Report on sanitation, dispensaries, and jails in Rajputana for 1912, and on vaccination for the year 1912-1913 - 1912-1913
Year: 1912
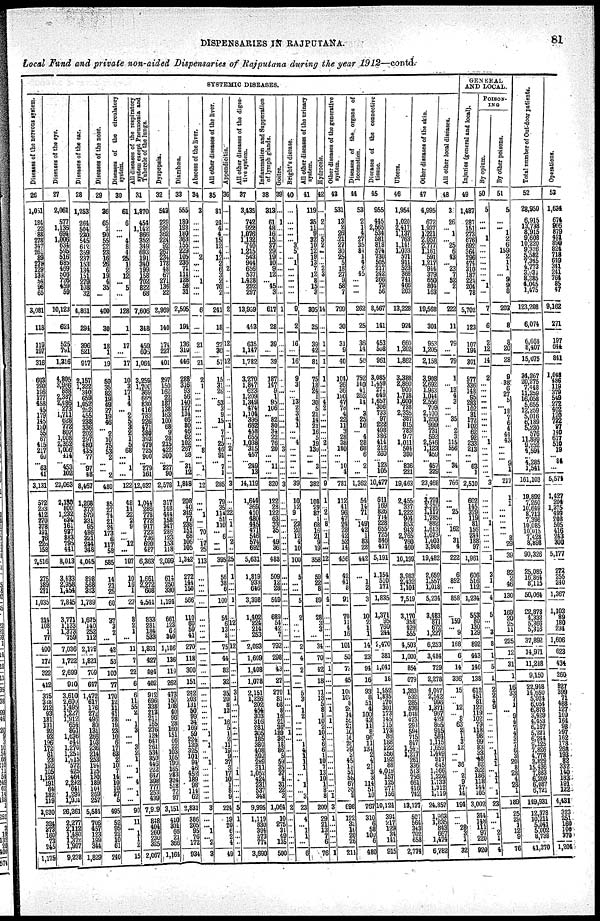
DISPENSARIES IN RAJPUTANA.
81
Local Fund and private non-aided Dispensaries of Rajputana during the year 1912—contd.
SYSTEMIC DISEASES.
Diseases of the nervous system.
26
1,051
184
22
88
278
347
261
89
278
129
139
54
96
65
3,081
118
119
197
316
603
290
196
177
458 45
179
145
120
55
67
415
217
60
... 63
41
3,131
572
233 412
270
378 191
76
226 158
2,516
375
389
271
1,035
214
108
1
77
400
172
222
412
375
328
212
93
181
131
92
93
196
172
61
23 192
105
1,120
191
64
182
119
3,930
324
373
160 73
245
1,175
Diseases of the eye.
27
2,061
577
1,136
694
1,006
634
595
516
685
469
506
726
459
59
10,123
624
525
791
1,316
4,805
3,966 888
2,387
2,486
273 1,711
628 772
802
1,008
2,362
1,066
414
... 453 102
23,063
2,130
800 1,232
634
161 937
883
795 441
8,013
3,433
2,958
1,454
7,815
3,771
1,133
1,373
759
7,036
1,722
2,699
910
3,610
2,609
1,495 1,227
1,912
654
801
1,636
844
1,270
1,253
1,915
572
425
464
2,242
641
1,294
1,901
26,261
2,277
2,112
1,480
1,372
1,997
9,238
Diseases of the ear.
28
1,253
264
504
230
545
612
359
237
153
134
151
279 108
32
4,861
294
396
521
917
2,157
1,322
340
659
1,052
262
455
238
336
202
297
480 435
77
... 97
48
8,467
1,268
375
579
331
95
486
321
244
348
4,045
898
568
323
1,789
1,675
140
252
112
2,178
1,821
769
647
1,472
617
176
272
496
80
131
266 103
236
214
253
194
125
130
189
104
269
257
5,584
706
457
123
199
344
1,829
Diseases of the nose.
29
36
65
3
90
55
22
23
16
26
6 19
4 35
...
400
30
18
1
19
59
35
82
19
49
27
19
46
...
2
10
75
53
2
...
... 2
480
85
27
74
21 24
173
6
117 58
585
14
21
25
60
37
3
2
...
42
53
100
77
170
12
11
41
28
19
23
10
6
17
63
2
10
7
14
10
10
37
5
495
52
95
22
10
61
240
Diseases of the circulatory
system.
30
61
6
...
...
4
8
4
25
1
2
12 ... 5
...
128
1
17
...
17
10
3
17
1
4
... 2
5
3
2
1
5
68
...
... 1
...
122
48
14
22
2 9
...
...
12
...
107
10
16
1
27
8
2
1
...
11
7
22
6
6
11
55
2
...
1
3
...
...
3
2
1
... 1
...
4
... 1
...
90
11
...
1
1
2
15
All diseases of the respiratory
system except Pneumonia and
Tubercle of the lungs.
31
1,870
454
1,142
866
352
349
693
191
340
199
158
702 822
68
7,606
348
459
605
1,064
3,259
1,700
369
669
830
416
783
226
471
380
393
479
725
900
... 279
161
12,037
1,044
286
778
772
917
723
736
620
487
6,362
1,661
2,272
608
4,541
833
281
184
533
1,831
427
484
402
912
696
338
213
211
165
276
124
647
261
534
350
446
222 647
399
777
253
439
7,909
848
404
260
230
325
2,067
Dyspepsia.
32
543
229
296
362
224
92
267
234
178
48
67
271 136
22
2,969
140
174
227
401
297
150
162
22
187
138
163
100
68
9
28
215
422
300
... 227
90
2,578
317
148
444
158
347
286
123
153
118
2,099
614
250
330
1,194
661
123
62
340
1,186
136
119
262
473
150
108
40
96
28
160
151
66 22
103
105
199
165
283
324
518
72
97
3,151
410
301
66 21
366
1,164
Diarrhœa.
33
555
180
193 180
363
155
229
105
236
71
111
128 58
31
2,595
194
136
319
446
288
316
93
56
140
127
134
66
80
46
62
102
267
28
... 31
12
1,848
208
40 349
77
238 151
68
106 105
1,342
272
144
150
566
110
60
59
41
270
118
300
151
242
203
131
50
99
34
169
59
224
139
325
101 94
46
452
189
98
114
62
2,831
386
205
95
76
172
934
Abscess of the liver.
34
3
...
...
...
...
...
...
2
...
...
...
1 ...
...
6
...
21
...
21
2
1
...
...
...
...
...
...
...
...
...
...
8
...
... 1
...
12
...
... 1
...
... 70
...
17
25
113
...
...
...
...
...
...
...
...
...
...
...
...
...
...
...
...
...
...
... 1
... 1
...
... 1
...
...
...
...
...
...
3
...
...
1
... 2
3
All other diseases of the liver.
35
81
24
4
4
15
12
4
12
2
6
3
2 70
2
241
18
27
30
57
15
31
26
...
53
3
9
15
... 7
7
25
46
91
... 7 1
285
79
35
114
51
110
...
6
...
...
395
56
38
6
100
54
6
13
2
75
44
82
32
35
20
8
13
... 16
5
1
2
11
19
9
37
3
17
10
1
8
9
224
19
20
6
2
4
49
Appendicitis.
36
...
...
...
...
...
...
...
...
...
2 ...
...
...
...
2
...
12
...
12
...
...
...
...
...
...
...
...
1
...
...
...
2
...
...
...
...
3
...
... 22
...
1
...
...
2
...
25
1
...
...
1
...
12
...
...
12
...
...
...
3
1
...
...
...
...
...
...
...
...
...
...
...
...
1
...
...
...
...
5
1
...
...
...
...
1
All other diseases of the diges-
tive system.
37
3,435
742
922
1,076
1,132
740
1,215
543
944
656
537
1,428 292
297
13,959
443
635
1,147
1,782
3,270
1,847
623
1,209
1,349
474
1,104
396
662
458
655
1,038
315
457
... 249
13
14,119
1,644
369
410
480
445
471
546
574
692
5,631
1,319
933
646
3,398
1,402
224
214
253
2,093
1,609
1,408
1,078
2,151
1,226
202
454
303
316
281
305
185
380
408
592
289
311
1,052
424
231
537
348
9,995
1,119
830
394
573
774
3,690
Inflammation and Suppuration
of lymph glands.
38
313
61
48
16
15
37
29
19
10
9
12
... 45
3
617
28
39
...
39
187
147
9
1
95
106
...
82
80
34
22
76
20
...
... 11
...
820
122
28
122
63
33
35
...
49
36
483
509
12
28
549
689
54
42
7
792
298
43
27
270
81
68
8
16
21
36
189
36
18
86
5
59
35
37
4
31
22
2
1,064
10 275
31
49
135
500
Goitre.
39
...
1
...
...
...
...
...
...
...
...
...
...
...
...
1
...
...
...
...
...
...
...
...
...
...
...
...
...
...
...
...
3
...
...
...
...
3
...
...
...
...
...
...
...
...
...
...
...
...
...
...
...
...
...
...
...
...
...
...
1
...
...
...
...
...
...
1
...
...
...
...
...
...
...
...
...
...
...
2
...
...
...
...
...
...
Bright's disease.
40
...
...
...
...
...
3
5
...
1
...
...
...
...
...
9
2
16
...
16
9
3
...
...
13 2
3
4
1
...
...
4
...
...
...
...
...
39
10
12
9
...
23
20
12
4
10
100
5
...
...
5
2
...
...
...
2
4
2
...
5
3
... 1
2
...
...
...
...
1
4
1
1
1
...
...
1
...
3
23
4
...
1
1
...
6
All other diseases of the urinary
system.
41
119
85
11
9
32
10
12
19
13 7
12
8
15
3
305
35
39
42
31
75
18
24
1
30
5
21
14
21
16
5
19
130
...
... 3
...
382
108
29
87
1
68
16
21
9
19
358
59
22
8
89
28
3
3
...
34
70
42
18
71
13
5
8
1
10
2
10
5
6
6
1
10
1
13
10
1
8
8
200
29
21
13
7
6
76
Hydrocele.
42
...
2
...
...
5
2
...
...
...
2
3
...
...
...
14
...
1
...
1
1
...
...
...
4
2
...
...
...
...
...
2
...
...
...
...
...
9
1
...
2
...
8
...
1
...
...
12
4
...
...
4
...
...
...
...
...
...
1
...
...
...
... 1
...
1
...
...
...
...
...
...
...
...
...
...
...
...
1
3
1
...
...
...
...
1
Other diseases of the generative
system.
43
531
13
2
26
21
27
30
25
5
18
27
9
58
7
799
30
31
9
40
104
26
36
190
47
78
4
22
11
3
28
38
180
...
... 10
4
781
112
41
96
47
24
28
42
52
14
456
42
41
8
91
70
11
4
l6
101
50
73
45
101
102
8
25
14
55
21
10
16
26
39
3
45
13
51
58
67
35 9
698
122
33
16
20 26
211
Diseases of the organs of
locomotion.
44
53
2
1
4
27
35
84
1
4
6
45
... ...
...
262
25
36
14
50
752
140
41
263
14
... 3
25
16
...
4
28
68
6
... 2
...
1,362
54
14
71
... 149
42
1
83
28
442
...
1
2
3
10
2
1
1
14
23
94
16
93
8
51
4
100
43
11
8
96
11
134
2
4
21
3
3
114
51
10
767
310
6
51
100
6
480
Diseases of the connective
tissue.
45
955
445
2,565
534
581
818
574
730
505
217
242
266
79
56
8,567
141
453
508
961
3,085
1,459
271
649
1,657
306
733
97
222
498
386
414
212
260
... 123
105
10,477
611
169
826
714
228
655
725
846
417
5,191
1,154
510
171
1,835
1,371
95
761
244
2,470
381
1,041
18
1,452
1,835
170
301
173
145
115
173 86
188
122
356
192
88
4,019
157
125
271
156
10,124
394
217
129
34
141
915
Ulcers.
46
1,954
1,020
2,417
1,137
763
1,141
1,033
571
911
523
368
741
466
203
13,228
924
660
1,202
1,862
3,388
2,860
900
1,718
1,600
738
2,335
387
815
783
977
1,011
504
390
... 836
221
19,463
2,455
337
1,222
904
853
943
2,765
760
460
10,199
3,983
2,432
1,104
7,519
3,170
358
420
555
4,503
1,000
854
679
1,383
532
285
576
1,048
423
293
594
715
847
1,543
1,217
261
336
513
756
661
416
742
13,137
507
564
343
702
658
2,774
Other diseases of the skin.
47
4,995
672
1,937
1,221
2,057
2,777
1,161
59l
1,217
944
379
650
804
163
19,568
304
953
1,205
2,158
3,908
2,692
1,933
1,014
2,556
709
2,100
1,260
999
731
592
2,546
1,123
459
... 457
329
23,468
3,791
3,310
1,117
1,785
882
1,613
1,673
1,405
3,908
19,482
2,659
1,557
1,018
5,234
3,483
871
672
1,227
6,253
3,484
729
2,278
4,047
2,542
996
1,371
967
429
865
915
584
1,115
1,659
1,449
917
645
1,566
1,226
1,135
1,312
1,119
24,857
1,963
1,835
843
667
1,474
6,782
All other local diseases.
48
3
26
... 1
...
25
6
43
... 23
7
52
2
...
222
11
79
...
79
1
... 13
4
3
... ... 35
... 2
3
115
556
...
... 34
...
766
...
... 25
...
... 162
... 31
4
222
6
852
...
858
...
159
... 9
168
6
14
336
15
...
... 12
... 8
63
2
1
3
12
...
... 36
... 2
9
17
14
194
...
... 28
3
1
32
GENERAL
AND LOCAL.
Injuries (general and local).
49
1,487
287
151 273
676
692
364
296
474
310
187
224
204
78
5,702
123
107
194
301
577
336
148
95
283
102
31
172
102
62
92
233
213
...
... 63
1
2,510
602
145 329
119
81
156
244
188
97
1,961
606
516
112
1,234
553
80
130
129
892
443
146
138
612
451
81
122
119
102
79
118
98
99
83
33
48
82
322
186
118
144
105
3,002
344
148
111
97
220
920
POISON¬
ING
By opium.
50
5
...
... ... 1
...
...
...
...
...
...
... 1
...
7
6
2
12
14
2
... ...
...
... ...
...
...
...
...
... 1
... ...
... ...
...
3
...
... ...
... 1
...
...
... ...
1
3
1
...
4
5
...
... 3
8
1
5
1
2
2
4
9
...
...
...
...
...
...
... 1
1
1
... 1
1
... 1
23
1
...
... 2
1
4
By other poisons.
51
5
...
... 1
2
6
159
2
1
1
... 9
9
8
203
8
8
20
28
9
38
6
27
5
... 18
7
6
4
44
43
... ...
... 9
1
217
1
1
...
...
... ...
... 8
29
39
82
2
46
130
169
20
25
11
225
12
31
1
16
33
7
1
... 9
4
7
4
3
7
6
3
20
8
28
4
28
1
189
25
29
1
12 9
76
Total number of Out-door patients.
52
28,950
6,915
13,738
8,915
9,608
10,220
9,326
5,582
7,345
4,773
3,931
8,385
4,045
1,475
123,208
6,074
6,668
8,407
15,075
34,267
20,275
7448
11,259
16,058
5,655
12,259
5,016
6,189
5,230
576
11,899
9,252
4,594
... 4,285
1,541
161,103
19,892
7,250
10,649
8,713
7,396
10,085
10,015
7,428
8,898
90,326
25,085
16,864
8,115
50,064
22,878
4,332
5,366
5,316
37,892
14,977
11,248
9,150
22,948
14,650
5,924
6,054
6,878
3,429
4,453
6,167
5,221
6,244
9,125
7,826
4,778
3,829
15,436
7,883
6,269
6,087
6,721
149,931
12,378
10,211
5,041
5,002
8,738
41,370
Operations.
53
1,634
674
966
879
491
899
824
718
649
341
241
764
85
47
9,162
271
197
644
841
1,048
486
119
379
549
272
402
120
732
97
140
617
510
19
... 84
...
5,574
1,427
204
1,375
499
208
505
416
243 300
5,177
272
255
240
1,367
1,103
89
180
234
1,606
623
434
260
827
399
71
488
127
109
164
98
297
162
178
268
193
82
332
140
183
191
122
4,431
323
251
160
100
370
1,204